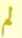
لم